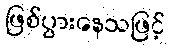
ဖြစ်ပွားနေသဖြင့်